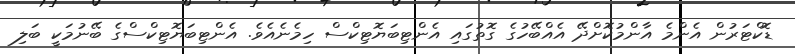
ޑޮކްޓަރުން އެންމެ އާންމުކޮށްދޭ އެއްބޭހުގެ ގޮތުގައި އެންޓިބަޔޮޓިކްސް ހިމެނެއެވެ. އެންޓިބަޔޮޓިކްސްގެ ބޭނުމަކީ ބަލި